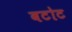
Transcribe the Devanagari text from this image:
बटोट